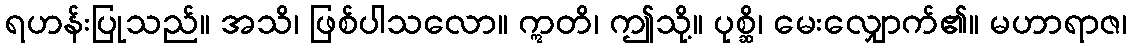
ရဟန်းပြုသည်။ အသိ၊ ဖြစ်ပါသလော။ ဣတိ၊ ဤသို့။ ပုစ္ဆိ၊ မေးလျှောက်၏။ မဟာရာဇ၊